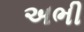
અભી